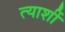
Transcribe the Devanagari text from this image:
त्याशीं